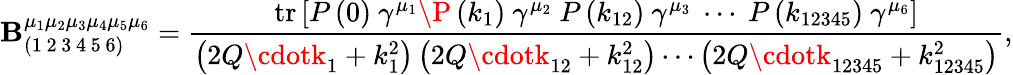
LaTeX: \mathbf{B}_{\left(1\mathrm{{\, 2\, 3\, 4\, 5\, 6}}\right)}^{\mu_{1}\mu_{2}\mu_{3}\mu_{4}\mu_{5}\mu_{6}}=\frac{{\mathrm{{tr}}\left[P\left(0\right)\ \gamma^{\mu_{1}}\P\left(k_{1}\right)\ \gamma^{\mu_{2}}\ P\left(k_{12}\right)\ \gamma^{\mu_{3}}\ \cdots\ P\left(k_{12345}\right)\ \gamma^{\mu_{6}}\right]}}{{\left(2Q\cdotk_{1}+k_{1}^{2}\right)\left(2Q\cdotk_{12}+k_{12}^{2}\right)\cdots\left(2Q\cdotk_{12345}+k_{12345}^{2}\right)}},